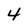
Character: 4